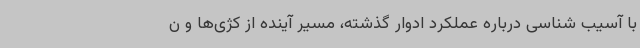
با آسیب شناسی درباره عملکرد ادوار گذشته، مسیر آینده از کژی‌ها و ن